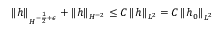
\left\| h \right\| _ { H ^ { - \frac { 1 } { 2 } + \epsilon } } + \left\| h \right\| _ { H ^ { - 2 } } \leq C \left\| h \right\| _ { L ^ { 2 } } = C \left\| h _ { 0 } \right\| _ { L ^ { 2 } }